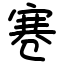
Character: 寋